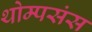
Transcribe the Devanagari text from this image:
थोम्पसंस